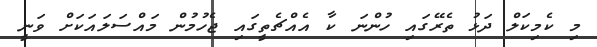
މި ކެމިކަލް ދަޅު ތެރޭގައި ހުންނަ ކާ އެއްޗެތީގައި ޖެހުމުން މައްސަލައަކަށް ވަނީ